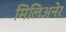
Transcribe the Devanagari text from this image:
मिलिअनेर